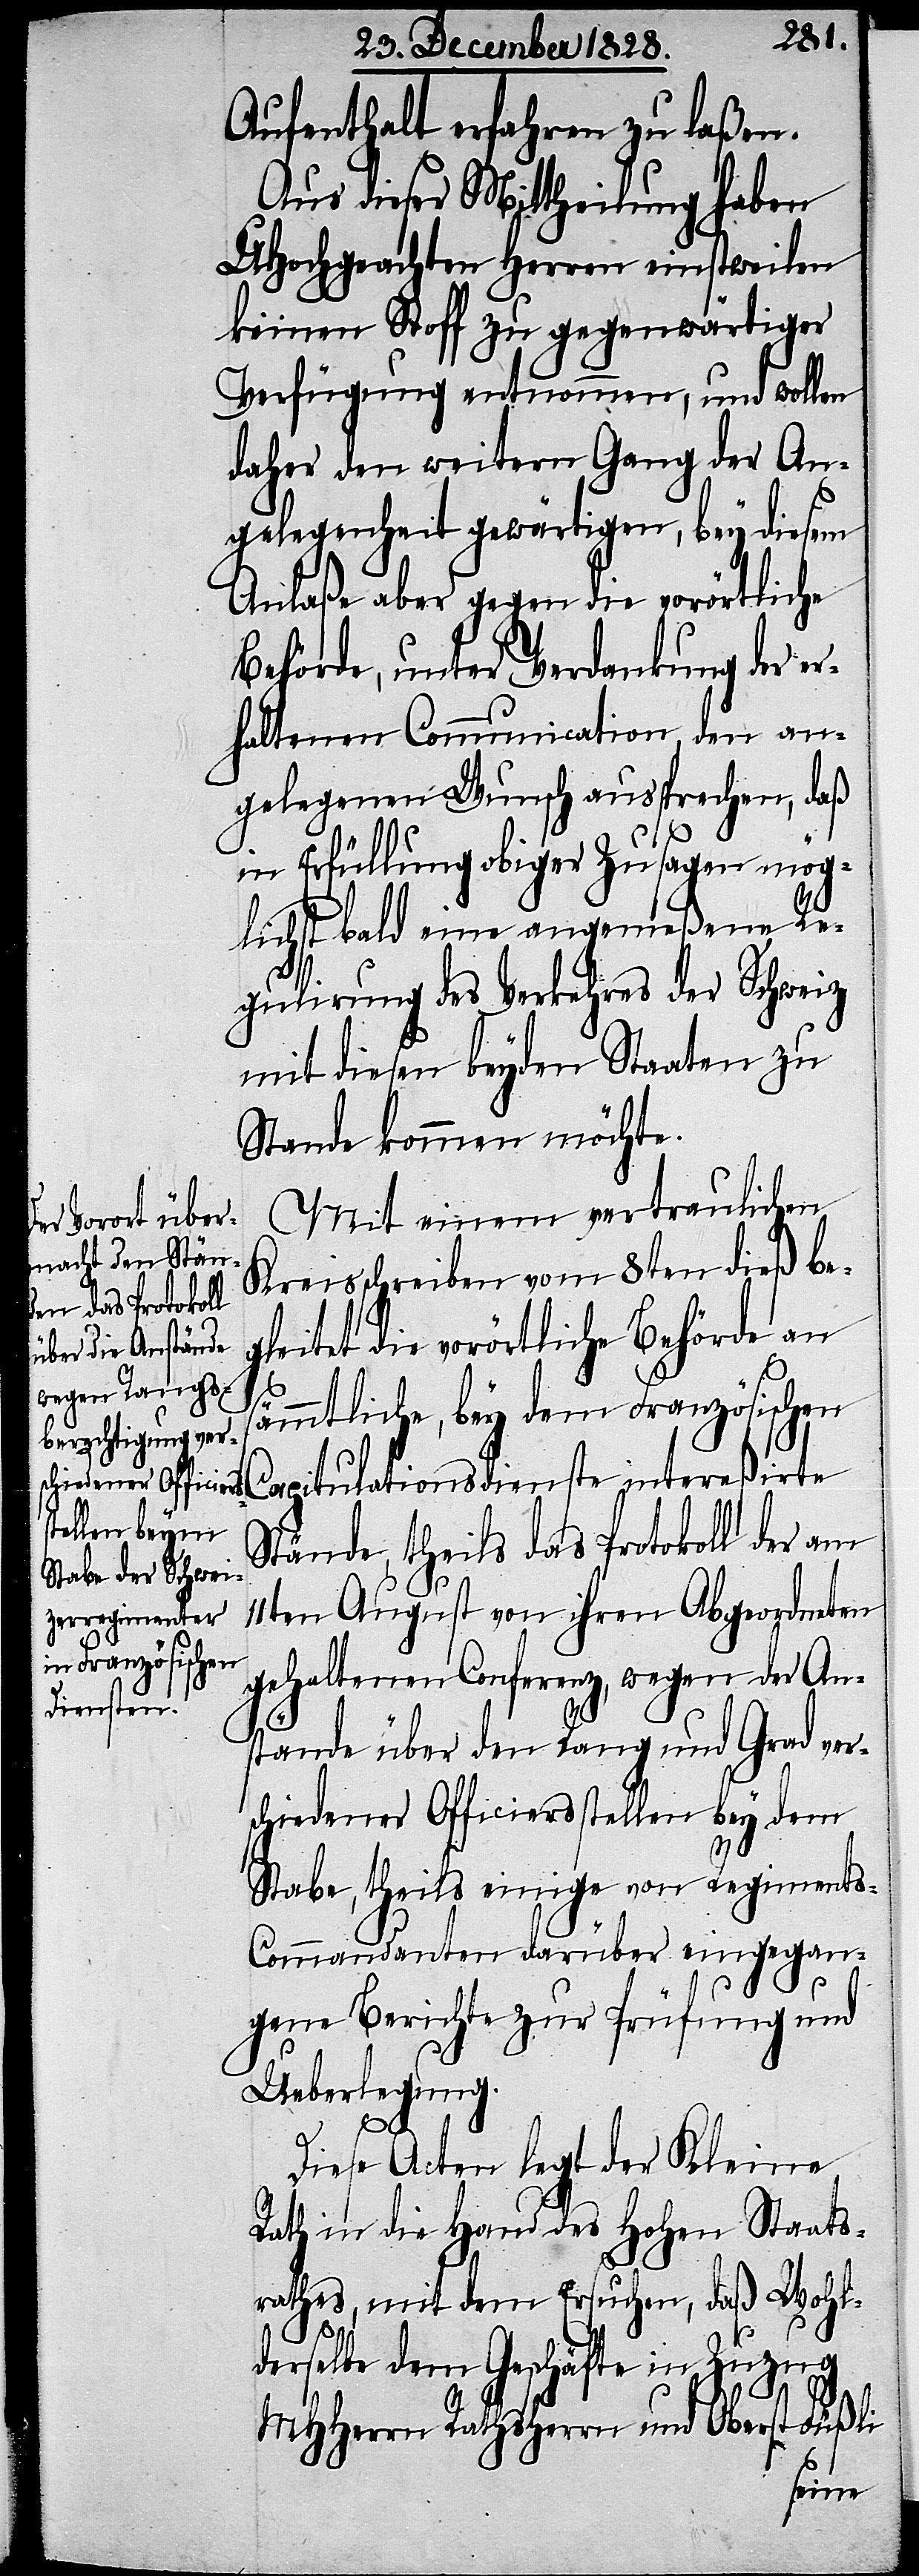
Aufenthalt erfahren zu laßen.
Aus dieser Mittheilung haben
UHochgeachten Herren einstweilen
keinen Stoff zu gegenwärtiger
Verfügung entnommen, und wollen
daher den weitern Gang der An¬
gelegenheit gewärtigen, bey diesem
Anlaße aber gegen die vorörtliche
Behörde, unter Verdankung der er¬
haltenen Communication, den an¬
gelegenen Wunsch aussprechen, daß
in Erfüllung obiger Zusagen mög¬
lichst bald eine angemeßene Re¬
gulirung des Verkehres der Schweiz
mit diesen beyden Staaten zu
Stande kommen möchte.
Mit einem vertraulichen
Kreisschreiben vom 8ten dieß be¬
gleitet die vorörtliche Behörde an
s¬
ämmtliche, bey dem Französischen
Capitulationsdienste intereßirte
Stände, theils das Protokoll der am
11ten August von ihren Abgeordneten
gehaltenen Conferenz, wegen der An¬
stände über den Rang und Grad ver¬
schiedener Officiersstellen bey dem
Stabe, theils einige von Regiment¬
s-Commandanten darüber eingegan¬
gene Berichte zur Prüfung und
Ueberlegung.
Diese Acten legt der Kleine
Rath in die Hand des Hohen Staats¬
rathes, mit dem Ersuchen, daß Wohl¬
derselbe dem Geschäfte in Zuzug
MHHerrn Rathsherrn und Oberst Füßli